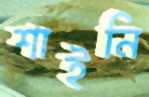
শাইনি